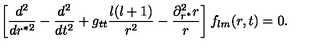
\left[ \frac { d ^ { 2 } } { d r ^ { * 2 } } - \frac { d ^ { 2 } } { d t ^ { 2 } } + g _ { t t } \frac { l ( l + 1 ) } { r ^ { 2 } } - \frac { \partial _ { r ^ { * } } ^ { 2 } r } { r } \right] f _ { l m } ( r , t ) = 0 .